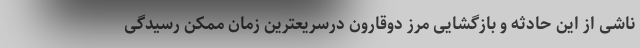
ناشی از این حادثه و بازگشایی مرز دوقارون درسریعترین زمان ممکن رسیدگی